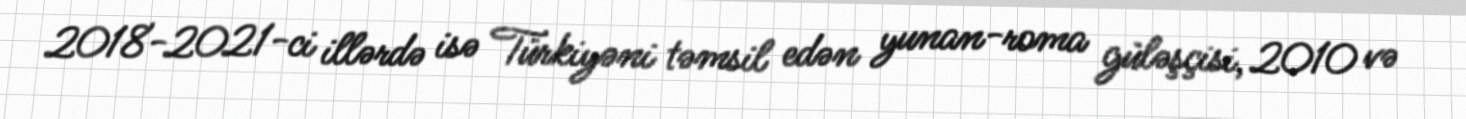
2018-2021-ci illərdə isə Türkiyəni təmsil edən yunan-roma güləşçisi, 2010 və